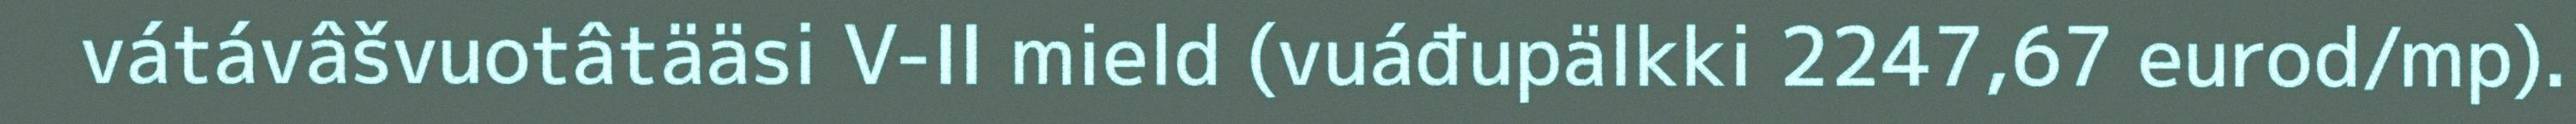
vátávâšvuotâtääsi V-II mield (vuáđupälkki 2247,67 eurod/mp).